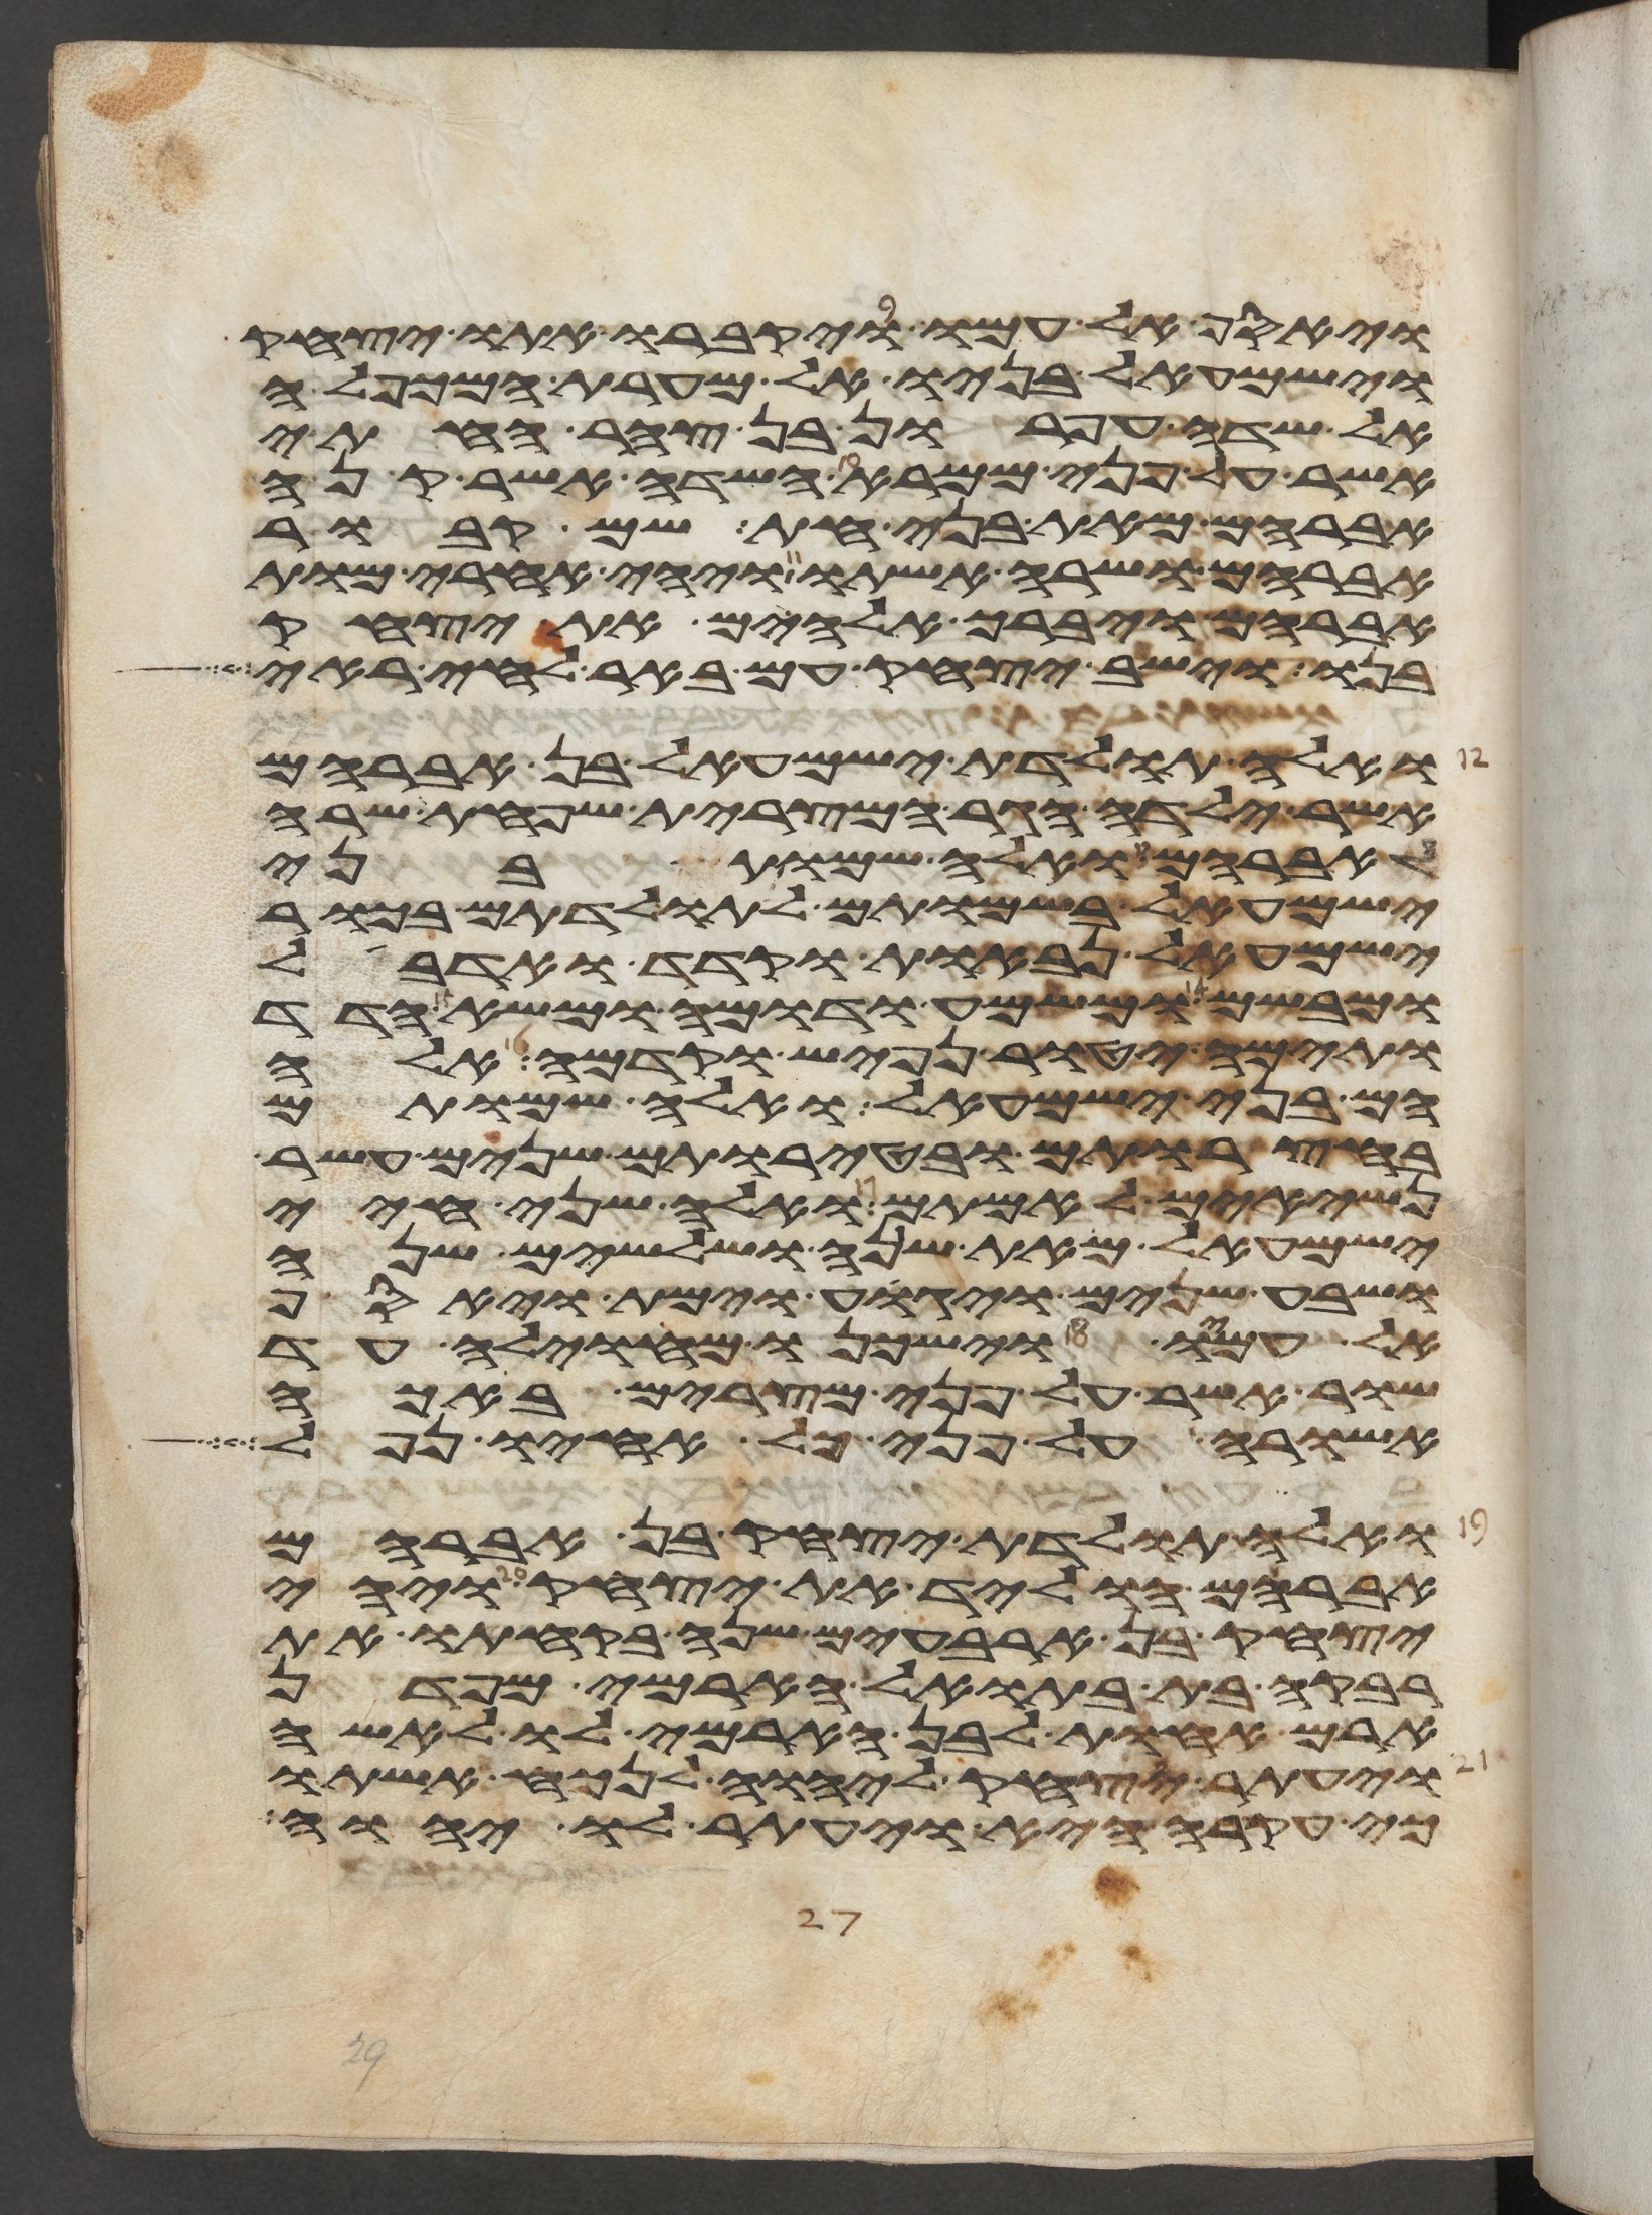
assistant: ויאסף אל עמו ויקברו אתו יצחק
וישמעאל בניו אל מערת המכפלה
אל שדה עפרון בן צהר החתי
אשר על פני ממרא השדה אשר קנה
אברהם מאת בני חת שם קבור
אברהם ושרה אשתו ויהי אחרי מות
אברהם ויברך אלהים את יצחק
בנו וישב יצחק עם באר לחי ראי
ואלה תולדת ישמעאל בן אברהם
אשר ילדה הגר המצרית שפחת שרה
לאברהם ואלה שמות בני
ישמעאל בשמותם לתולדתם בכור
ישמעאל נבאות וקדד ואדבל
ומבשם ומשמע ודומה ומשא הדד
ותימה יטור נפיש וקדמה אלה
הם בני ישמעאל ואלה שמותם
בחצרותם ובטירתם שנים עשר
נשיאים לאמתם ואלה שני חיי
ישמעאל מאת שנה ושלשים שנה
ושבע שנים ויגוע וימת ויאסף
אל עמו וישכנו מחוילה עד
שור אשר על פני מצרים באכה
אשורה על פני כל אחיו נפל
ואלה תולדת יצחק בן אברהם
אברהם הוליד את יצחק ויהי
יצחק בן ארבעים שנה בקחתו את
רבקה בת בתואל הארמי מפדן
ארם אחות לבן הארמי לו לאשה
ויעתר יצחק אל יהוה לנכח אשתו
כי עקרה היא ויעתר לו יהוה